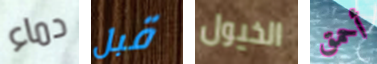
دماء قبل الخيول أحمق